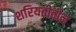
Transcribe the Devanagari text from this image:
शरियतीतील